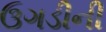
ઉગડીની